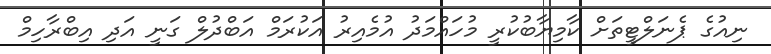
ނިއުގެ ޕެނަލްޓީތަށް ކާމިޔާބުކުރީ މުހައްމަދު އުމެއިރު އަކުރަމް އަބްދުލް ގަނީ އަދި އިބްރާހިމް